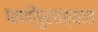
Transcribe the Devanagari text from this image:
पाणीपुरवठ्यात